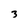
Character: 3